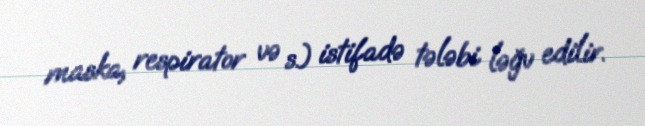
maska, respirator və s.) istifadə tələbi ləğv edilir.